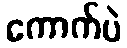
ကောက်ပဲ